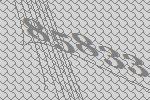
85833